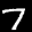
Label: 7